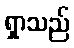
ရှာသည်